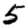
Digit: 5